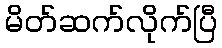
မိတ်ဆက်လိုက်ပြီ